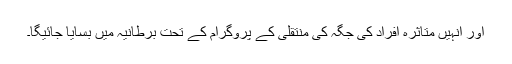
اور انہیں متاثرہ افراد کی جگہ کی منتقلی کے پروگرام کے تحت برطانیہ میں بسایا جائیگا۔